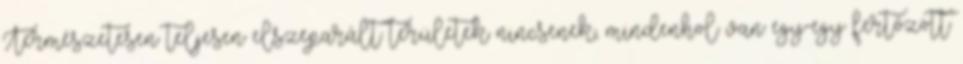
Természetesen teljesen elszeparált területek nincsenek, mindenhol van egy-egy fertőzött